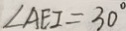
\angle A E I = 3 0 ^ { \circ }